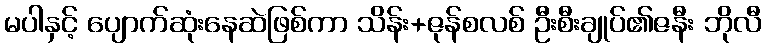
မပါနှင့် ပျောက်ဆုံးနေဆဲဖြစ်ကာ သိန်း+ဇုန်စလစ် ဦးစီးချုပ်၏ဇနီး ဘိုလီ